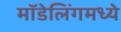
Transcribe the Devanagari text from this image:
मॉडेलिंगमध्ये